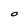
Character: O